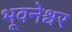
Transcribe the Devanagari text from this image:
भूवनेश्वर